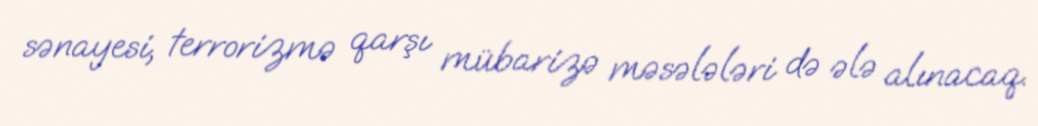
sənayesi, terrorizmə qarşı mübarizə məsələləri də ələ alınacaq.